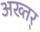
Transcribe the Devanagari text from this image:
अख्तर्